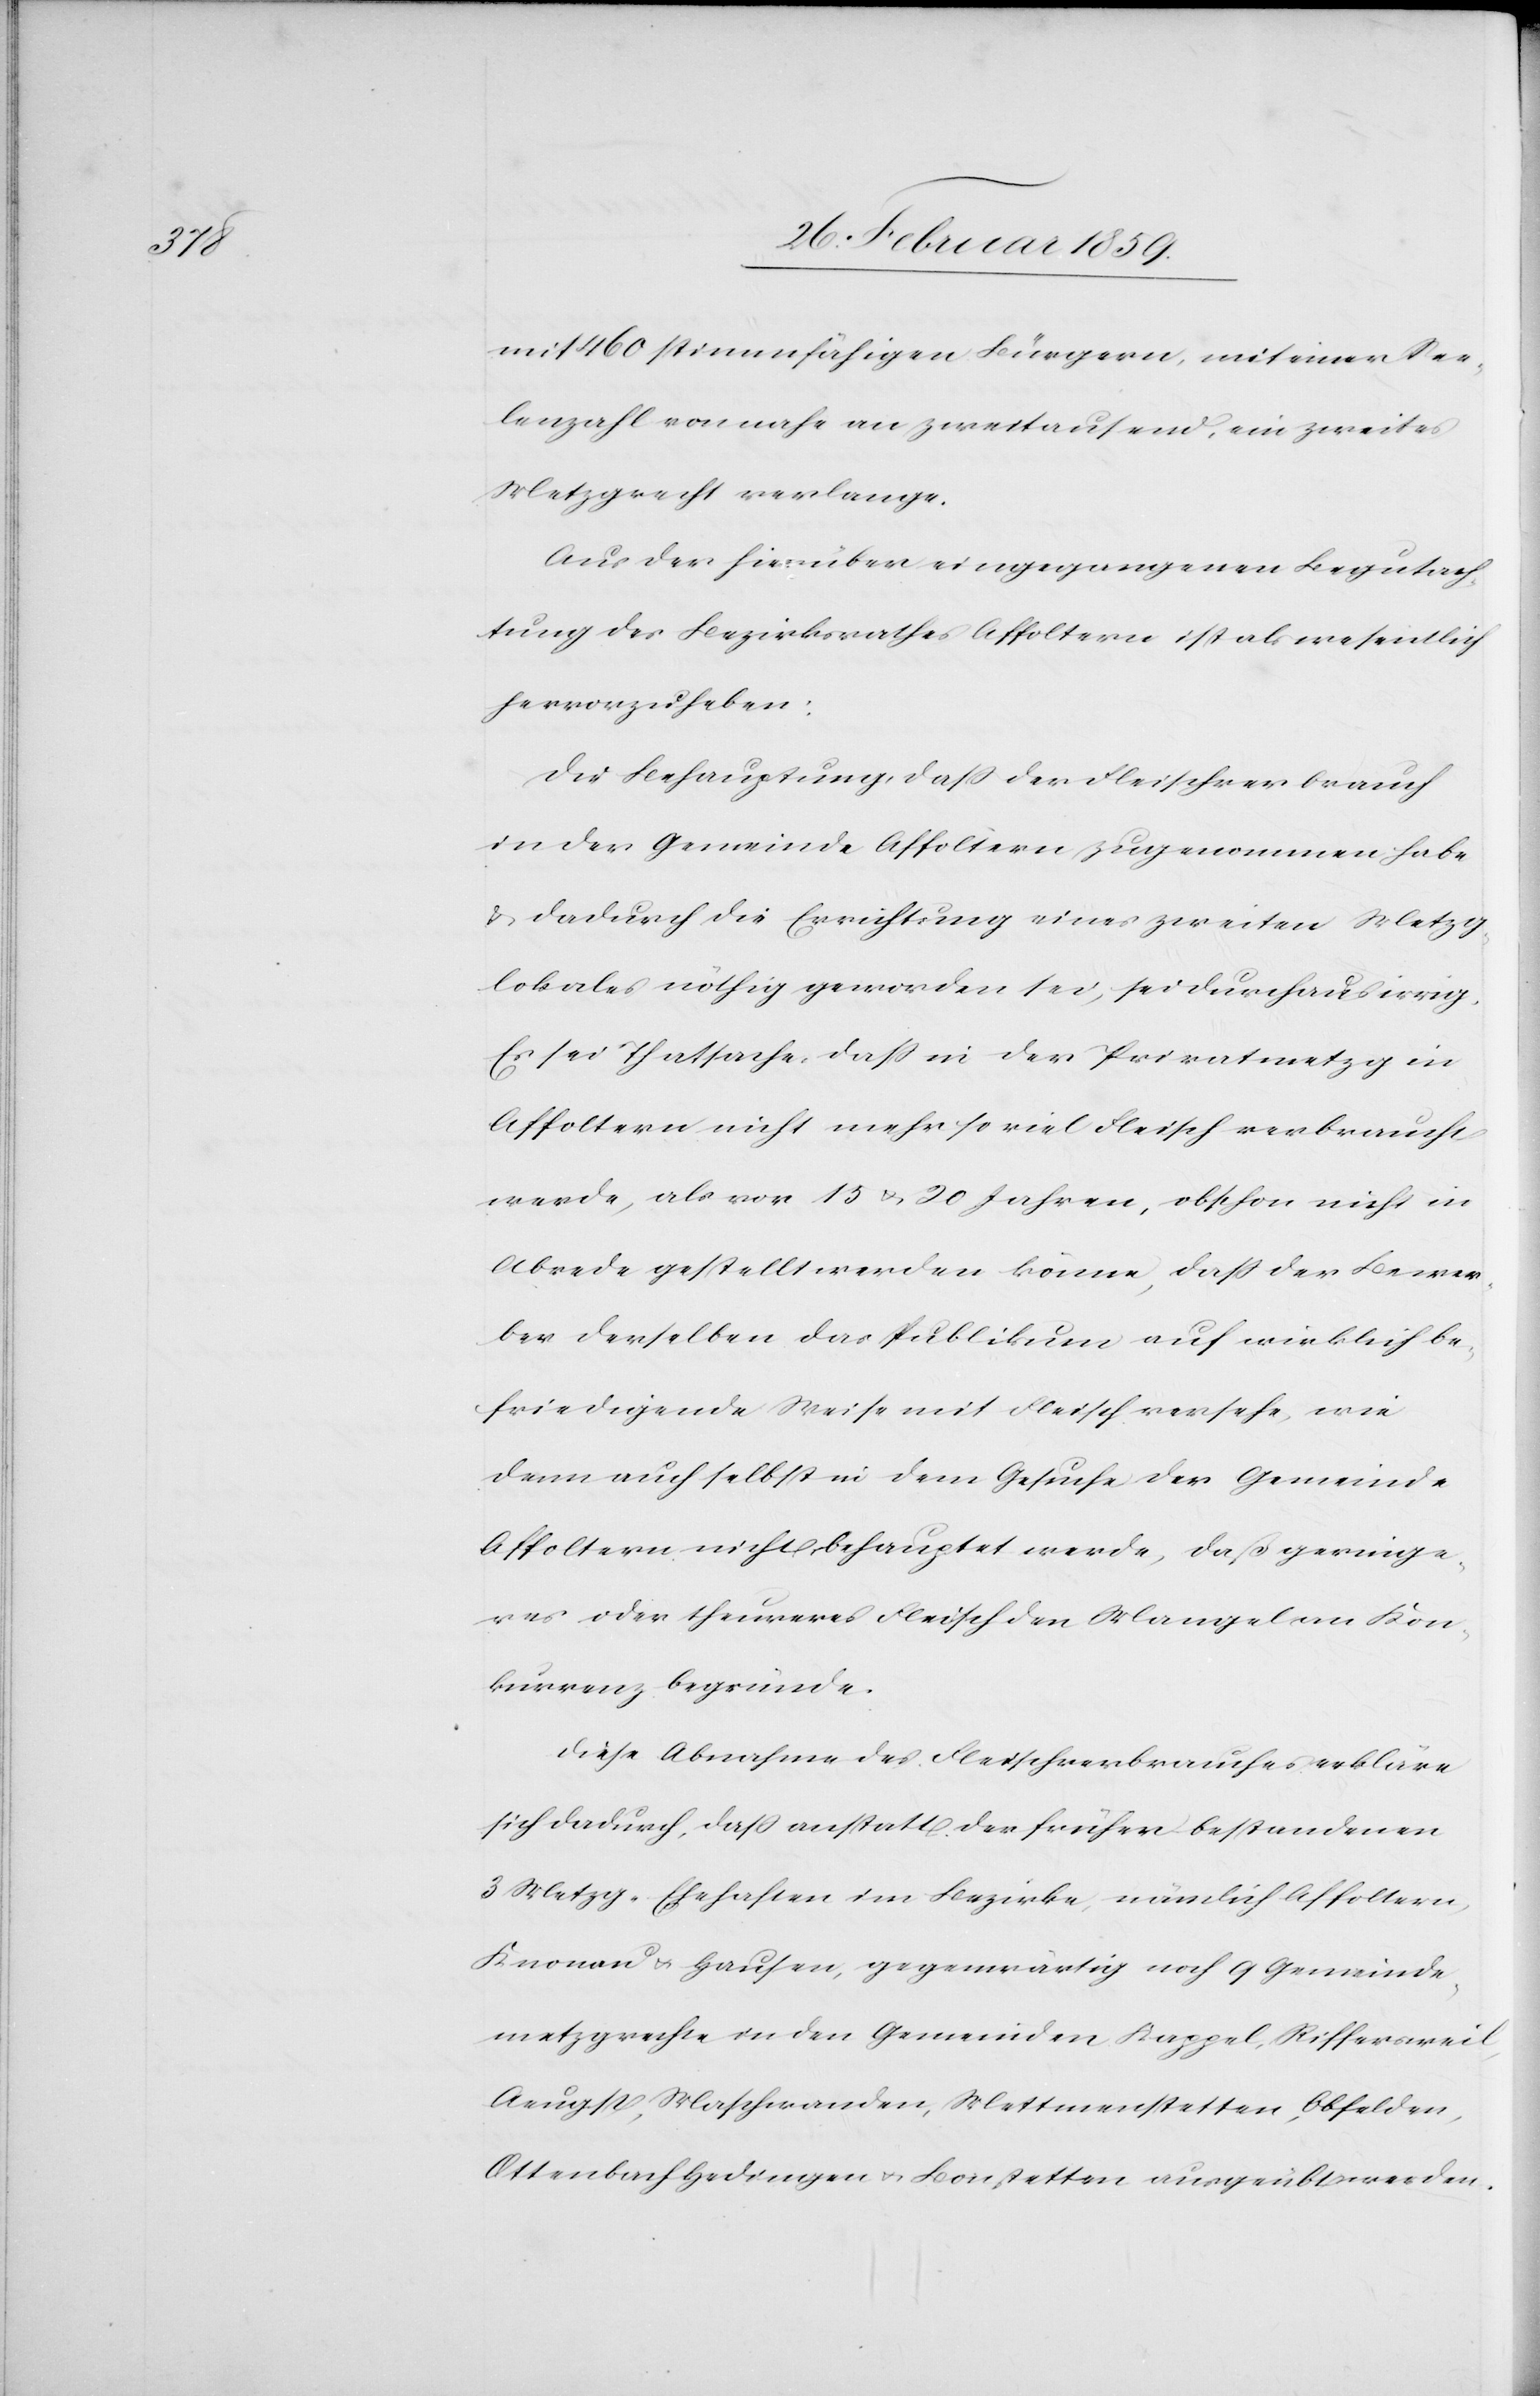
mit 460 stimmfähigen Bürgern, mit einer See¬
lenzahl von nahe an zweitausend, ein zweites
Metzgrecht verlange.
Aus der hierüber eingegangenen Begutach¬
tung des Bezirksrathes Affoltern ist als wesentlich
hervorzuheben:
Die Behauptung, daß der Fleischverbrauch
in der Gemeinde Affoltern zugenommen habe
& dadurch die Errichtung eines zweiten Metzg¬
lokales nöthig geworden sei, sei durchaus irrig.
Es sei Thatsache, daß in der Privatmetzg in
Affoltern nicht mehr so viel Fleisch verbraucht
werde, als vor 15 u. 20 Jahren, obschon nicht in
Abrede gestellt werden könne, daß der Bewer¬
ber derselben das Publikum auf wirklich be¬
friedigende Weise mit Fleisch versehe, wie
denn auch selbst in dem Gesuche der Gemeinde
Affoltern nicht behauptet werde, daß geringe¬
res oder theureres Fleisch den Mangel an Kon¬
kurrenz begründe.
Diese Abnahme des Fleischverbrauches erkläre
sich dadurch, daß anstatt der früher bestandenen
3 Metzg-Ehehaften im Bezirke, nämlich Affoltern,
Knonau u. Hausen, gegenwärtig noch 9 Gemeinde¬
metzgrechte in den Gemeinden Kappel, Riffersweil,
Aeugst, Maschwanden, Mettmenstetten, Obfelden,
Ottenbach-Hedingen & Leonstetten ausgeübt werden.